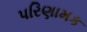
પરિણામક